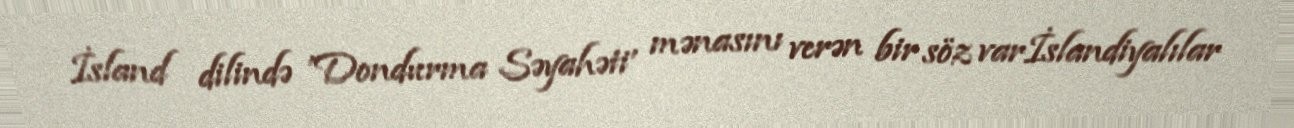
İsland dilində 'Dondurma Səyahəti' mənasını verən bir söz varİslandiyalılar